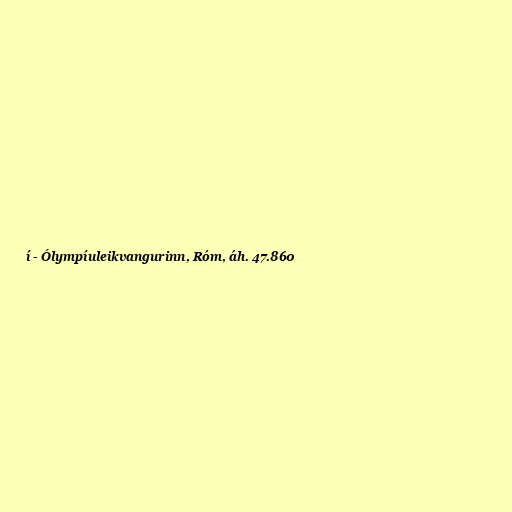
í - Ólympíuleikvangurinn, Róm, áh. 47.860